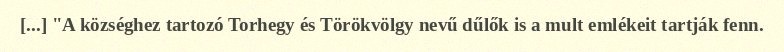
[...] "A községhez tartozó Torhegy és Törökvölgy nevű dűlők is a mult emlékeit tartják fenn.